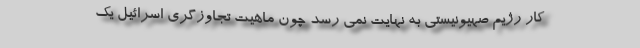
کار رژیم صهیونیستی به نهایت نمی رسد چون ماهیت تجاوزگری اسرائیل یک